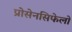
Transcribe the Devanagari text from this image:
प्रोसेनसिफेलों